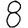
Digit: 8